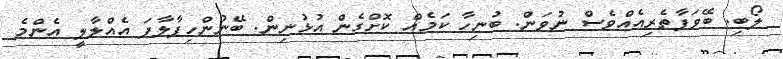
ލޯބި. ބޭވަފާތެރިއެއްވެސް ނުވަން. ބުނިހާ ކަމެއް ކޮށްގެން އުޅުނިން. ބޭނުންހިފާލާފަ އެއްލާލީ އެންމެ